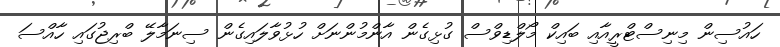
ހައުސިން މިނިސްޓްރީއާއި ބައިކް މޯލްޑިވްސް ގުޅިގެން އާންމުންނަށް ހުޅުވާލައިގެން ސިނަމާލޭ ބްރިޖުގައި ހާއްސަ